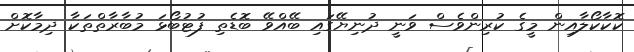
ކޮކާކޯލާއިން މީގެ ކުރިންވެސް ވަނީ ދުނިޔޭގައި ބޭއްވޭ ބޮޑެތި ފުޓުބޯޅަ މުބާރާތްތަކާ ދިމާކޮށް